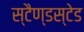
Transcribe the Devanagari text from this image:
स्टैण्डस्टेड